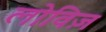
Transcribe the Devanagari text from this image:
लोविज़